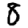
Digit: 8